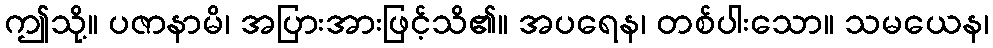
ဤသို့။ ပဇာနာမိ၊ အပြားအားဖြင့်သိ၏။ အပရေန၊ တစ်ပါးသော။ သမယေန၊